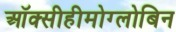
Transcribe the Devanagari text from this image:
ऑक्सीहीमोग्लोबिन